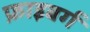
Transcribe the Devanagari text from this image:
फ्राइबर्ग